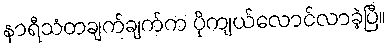
နာရီသံတချက်ချက်က ပိုကျယ်လောင်လာခဲ့ပြီ။